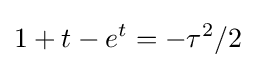
1+t-e^{t}=-\tau ^{2}/2